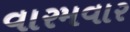
વારમવાર